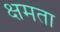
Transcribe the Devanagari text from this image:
क्षमता